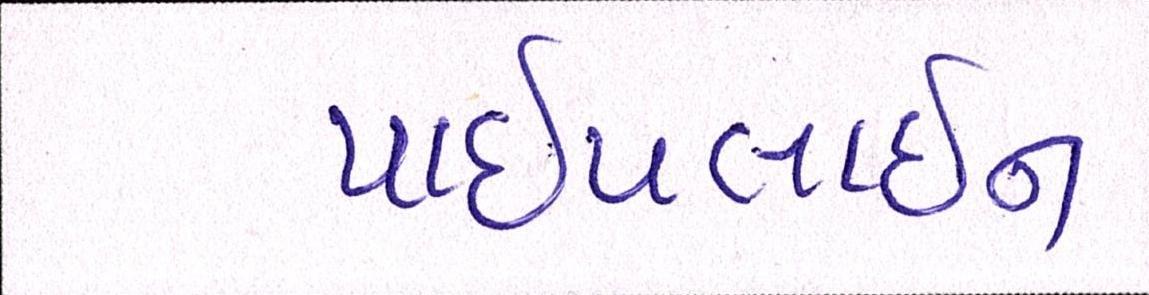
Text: પાઈપલાઈન